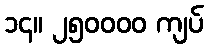
၁၄။ ၂၅၀၀၀၀ ကျပ်